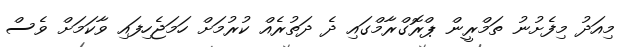
މިއަދު މިފެށުނު ތަމްރީން ޕްރޮގްރާމްގައި ދެ ދަތުރެއް ކުރުމަށް ހަމަޖެހިފައި ވާކަމަށް ވެސް